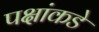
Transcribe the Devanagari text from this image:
पक्षांकडे